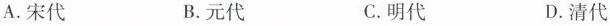
A.宋代 B.元代 C.明代 D.清代